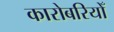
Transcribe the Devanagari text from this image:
कारोबरियोँ